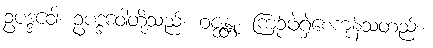
ဥပဒ္ဒဝေါ၊ ဥပဒ္ဒဝေါတို့သည်။ ဝဇ္ဇန္တု၊ ကြဉ်ဖဲရှဲစေကုန်သတည်း။